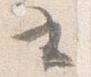
書